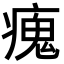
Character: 瘣